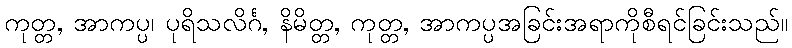
ကုတ္တ, အာကပ္ပ၊ ပုရိသလိင်္ဂ, နိမိတ္တ, ကုတ္တ, အာကပ္ပအခြင်းအရာကိုစီရင်ခြင်းသည်။